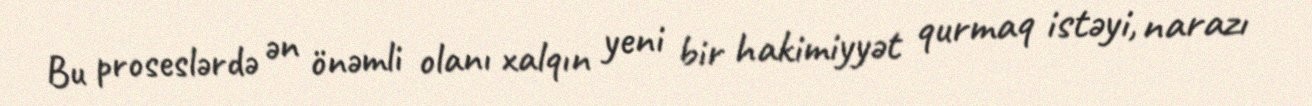
Bu proseslərdə ən önəmli olanı xalqın yeni bir hakimiyyət qurmaq istəyi, narazı